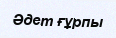
Әдет ғұрпы